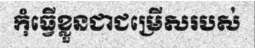
កុំធ្វើខ្លួនជាជម្រើសរបស់